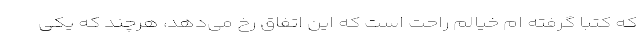
که کتبا گرفته ام خیالم راحت است که این اتفاق رخ می‌دهد، هرچند که یکی